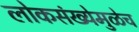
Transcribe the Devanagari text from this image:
लोकसंख्येमुळेच